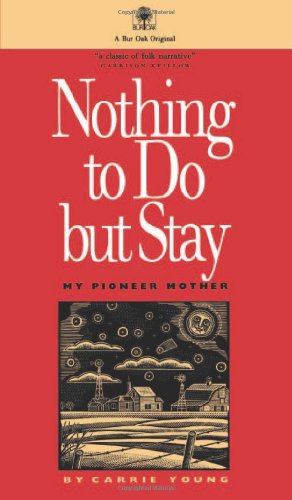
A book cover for Nothing to Do But Stay; Carrie Young; Biographies & Memoirs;